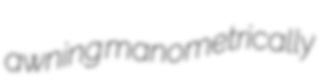
awning manometrically